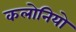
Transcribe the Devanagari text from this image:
कलोनियो